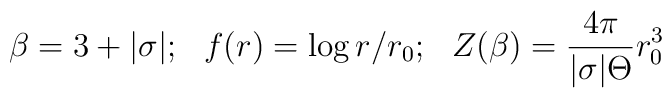
\beta = 3+|\sigma|; \,\,\,\, f(r) =\log r/r_0; \,\,\,\,Z(\beta)=\frac{4 \pi}{|\sigma| {\Theta}} r_0^3